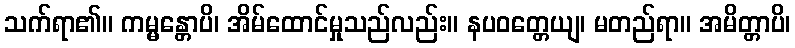
သက်ရာ၏။ ကမ္မန္တောပိ၊ အိမ်ထောင်မှုသည်လည်း။ နပဝတ္တေယျ၊ မတည်ရာ။ အမိတ္တာပိ၊